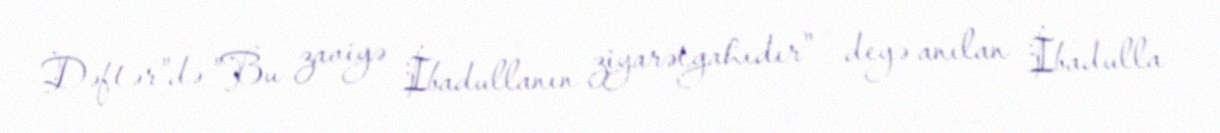
Dəftər"də "Bu zaviyə İbadullanın ziyarətgahıdır" – deyə anılan İbadulla